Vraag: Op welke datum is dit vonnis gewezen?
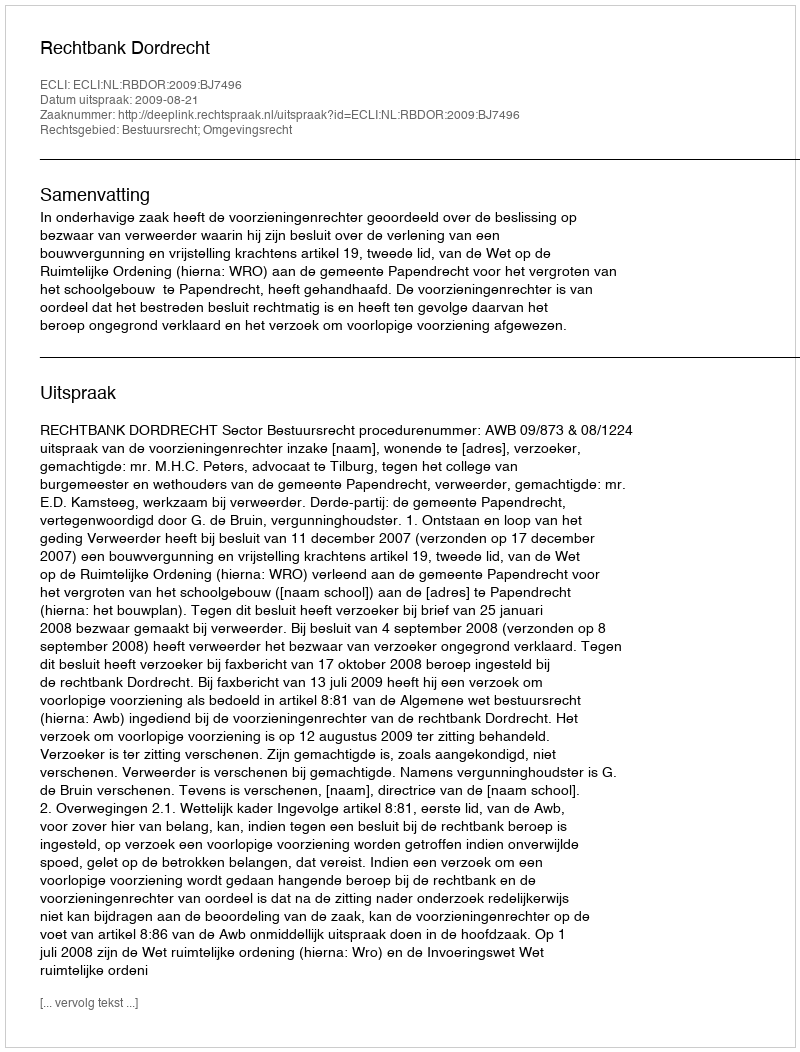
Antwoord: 2009-08-21